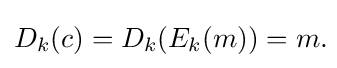
D_{k}(c)=D_{k}(E_{k}(m))=m.\!